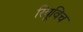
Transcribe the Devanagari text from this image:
रियूविच